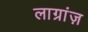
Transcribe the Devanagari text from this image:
लाग्रांज़